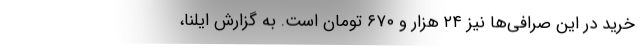
خرید در این صرافی‌ها نیز ۲۴ هزار و ۶۷۰ تومان است. به گزارش ایلنا،